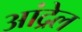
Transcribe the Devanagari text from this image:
आंद्रेल